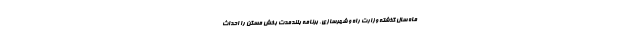
ماه سال گذشته وزارت راه و شهرسازی، برنامه بلندمدت بخش مسکن را احداث